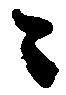
々